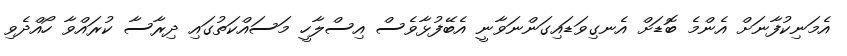
އެމަނިކުފާނަށް އެންމެ ބޮޑަށް އެނގިވަޑައިގަންނަވާނީ އެބޭފުޅާވެސް އިސްލާހީ މަސައްކަތުގައި ދިރާސާ ކުރައްވާ ހޯއްދެވި